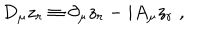
D _ { \mu } z _ { r } \equiv \partial _ { \mu } z _ { r } - i A _ { \mu } z _ { r } \; ,